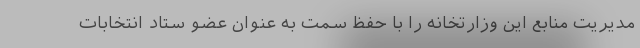
مدیریت منابع این وزارتخانه را با حفظ سمت به عنوان عضو ستاد انتخابات